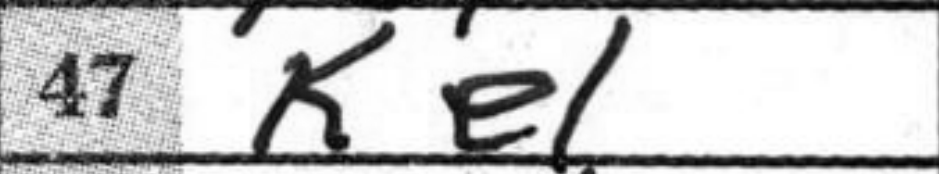
Transcription: Ke1